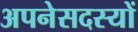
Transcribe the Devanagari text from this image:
अपनेसदस्यों